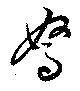
駑